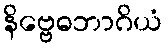
နိဗ္ဗေဓဘာဂိယံ